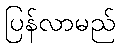
ပြန်လာမည်